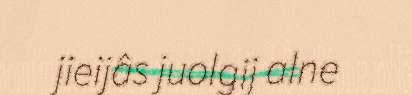
jieijâs juolgij alne